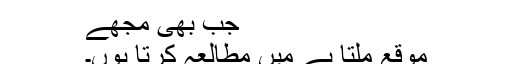
جب بھی مجھے
موقع ملتا ہے میں مطالعہ کرتا ہوں۔